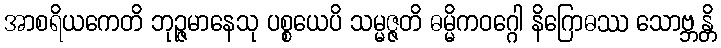
အာစရိယကေတိ ဘုဉ္ဇမာနေသု ပစ္စယေပိ သမ္မဇ္ဇတိ ဓမ္မိကဝဂ္ဂေါ နိဂြောဓဿ သောဗ္ဘန္တိ